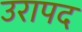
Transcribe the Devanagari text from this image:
उरापद